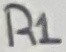
Text: R1